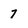
Character: 7